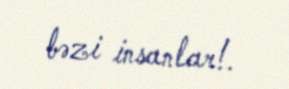
bəzi insanlar!.